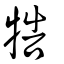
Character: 牿